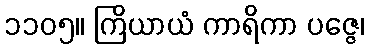
၁၁၀၅။ ကြိယာယံ ကာရိကာ ပဇ္ဇေ၊